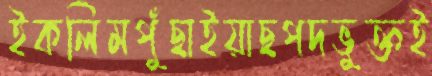
ইকলিমপুঁছাইয়াছপদভুক্তই